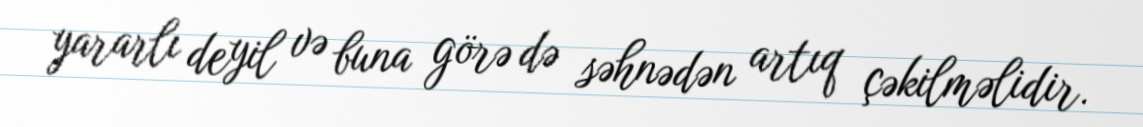
yararlı deyil və buna görə də səhnədən artıq çəkilməlidir.